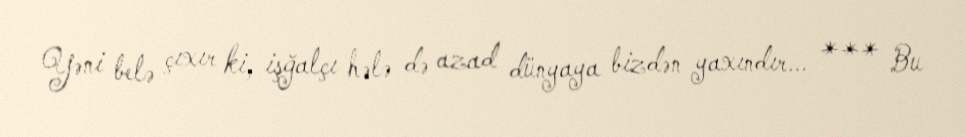
Yəni belə çıxır ki, işğalçı hələ də azad dünyaya bizdən yaxındır... *** Bu